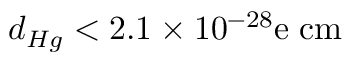
d _ { H g } < 2 . 1 \times 1 0 ^ { - 2 8 } \mathrm { e \; c m }